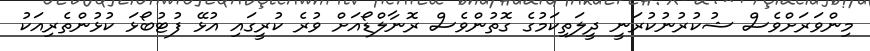
މިންވަރަށްވެސް ޝުކުރުނުކުރަނީ ދީލަތިކަމުގެ ގޮތުންވެސް ރޮނާލްޑޯއަށް ވުރެ ކުރީގައި އުޅޭ ފުޓުބޯޅަ ކުޅުންތެރިއަކު